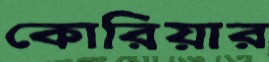
কোরিয়ার